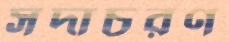
সদাচরণ